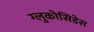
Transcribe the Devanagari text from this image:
ग्लुकोसिडेस